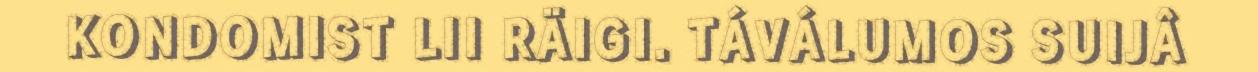
KONDOMIST LII RÄIGI. TÁVÁLUMOS SUIJÂ